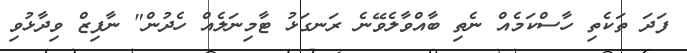
ފަދަ ތަކެތި ހާސްކަމެއް ނެތި ބާއްވާލެވޭނެ ރަނގަޅު ޓާމިނަލެއް ހެދުން" ނާފިޒް ވިދާޅުވި